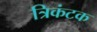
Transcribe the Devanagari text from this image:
त्रिकंटक